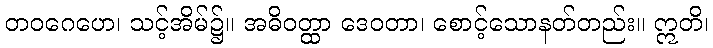
တဝဂေဟေ၊ သင့်အိမ်၌။ အဓိဝတ္ထာ ဒေဝတာ၊ စောင့်သောနတ်တည်း။ ဣတိ၊